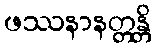
ဖဿနာနတ္တန္တိ